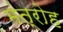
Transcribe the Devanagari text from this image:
मंत्रोह